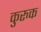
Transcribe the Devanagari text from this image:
कुरुक